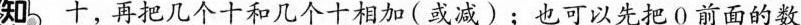
知 十，再把几个十和几个十相加(或减)；也可以先把0前面的数